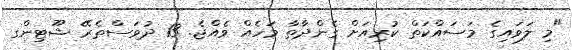
"މި ލަވައިގެ މަސައްކަތް ކުރިއަށް ގެންދާތާ މަހެއް ވެއްޖެ. 13 ދުވަސްތެރޭ ޝޫޓިންގ